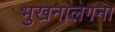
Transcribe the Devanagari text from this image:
भुखनालगना